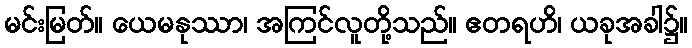
မင်းမြတ်။ ယေမနုဿာ၊ အကြင်လူတို့သည်။ ဧတရဟိ၊ ယခုအခါ၌။